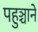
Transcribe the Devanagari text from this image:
पहुञ्चाने